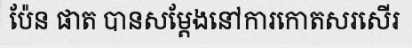
ប៉ែន ផាត បានសម្តែងនៅការកោតសរសើរ